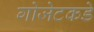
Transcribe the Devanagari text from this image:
गोजेटकडे